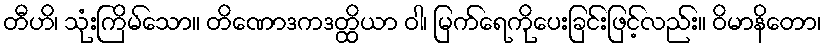
တီဟိ၊ သုံးကြိမ်သော။ တိဏောဒကဒတ္ထိယာ ဝါ၊ မြက်ရေကိုပေးခြင်းဖြင့်လည်း။ ဝိမာနိတော၊